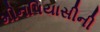
મીનપિયાસીની